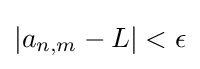
\left|a_{n,m}-L\right|<\epsilon